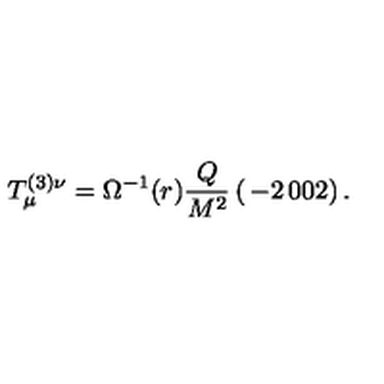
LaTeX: T _ { \mu } ^ { ( 3 ) \nu } = \Omega ^ { - 1 } ( r ) \frac { Q } { M ^ { 2 } } \left( \begin{matrix} { - 2 } & { 0 } \\ { 0 } & { 2 } \\ \end{matrix} \right) .